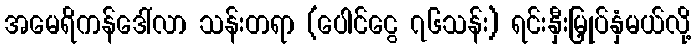
အမေရိကန်ဒေါ်လာ သန်းတရာ (ပေါင်ငွေ ၇၆သန်း) ရင်းနှီးမြှုပ်နှံမယ်လို့